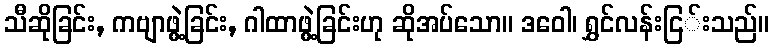
သီဆိုခြင်း, ကဗျာဖွဲ့ခြင်း, ဂါထာဖွဲ့ခြင်းဟု ဆိုအပ်သော။ ဒဝေါ၊ ရွှင်လန်းငြ်းသည်။